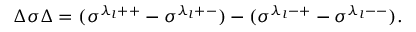
\Delta \sigma \Delta = ( \sigma ^ { \lambda _ { l } + + } - \sigma ^ { \lambda _ { l } + - } ) - ( \sigma ^ { \lambda _ { l } - + } - \sigma ^ { \lambda _ { l } -- } ) .